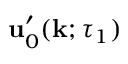
{ \bf { u } } _ { 0 } ^ { \prime } ( { \bf { k } } ; \tau _ { 1 } )